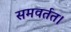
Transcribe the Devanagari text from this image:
समवर्तत।